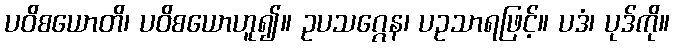
ပဝိစယောတိ၊ ပဝိစယောဟူ၍။ ဥပသဂ္ဂေန၊ ပဥသာရဖြင့်။ ပဒံ၊ ပုဒ်ကို။